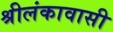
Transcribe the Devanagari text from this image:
श्रीलंकावासी